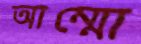
আম্মো